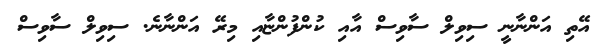
އޭތި އަންނާނީ ސިވިލް ސާވިސް އާއި ކުންފުންޏާއި މިރޭ އަންނާނެ. ސިވިލް ސާވިސް